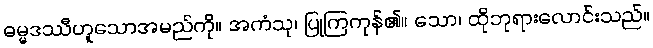
ဓမ္မဒဿီဟူသောအမည်ကို။ အကံသု၊ ပြုကြကုန်၏။ သော၊ ထိုဘုရားလောင်းသည်။